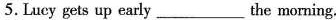
5. Lucy gets up early ___the morning.